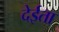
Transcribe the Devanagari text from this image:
देईता